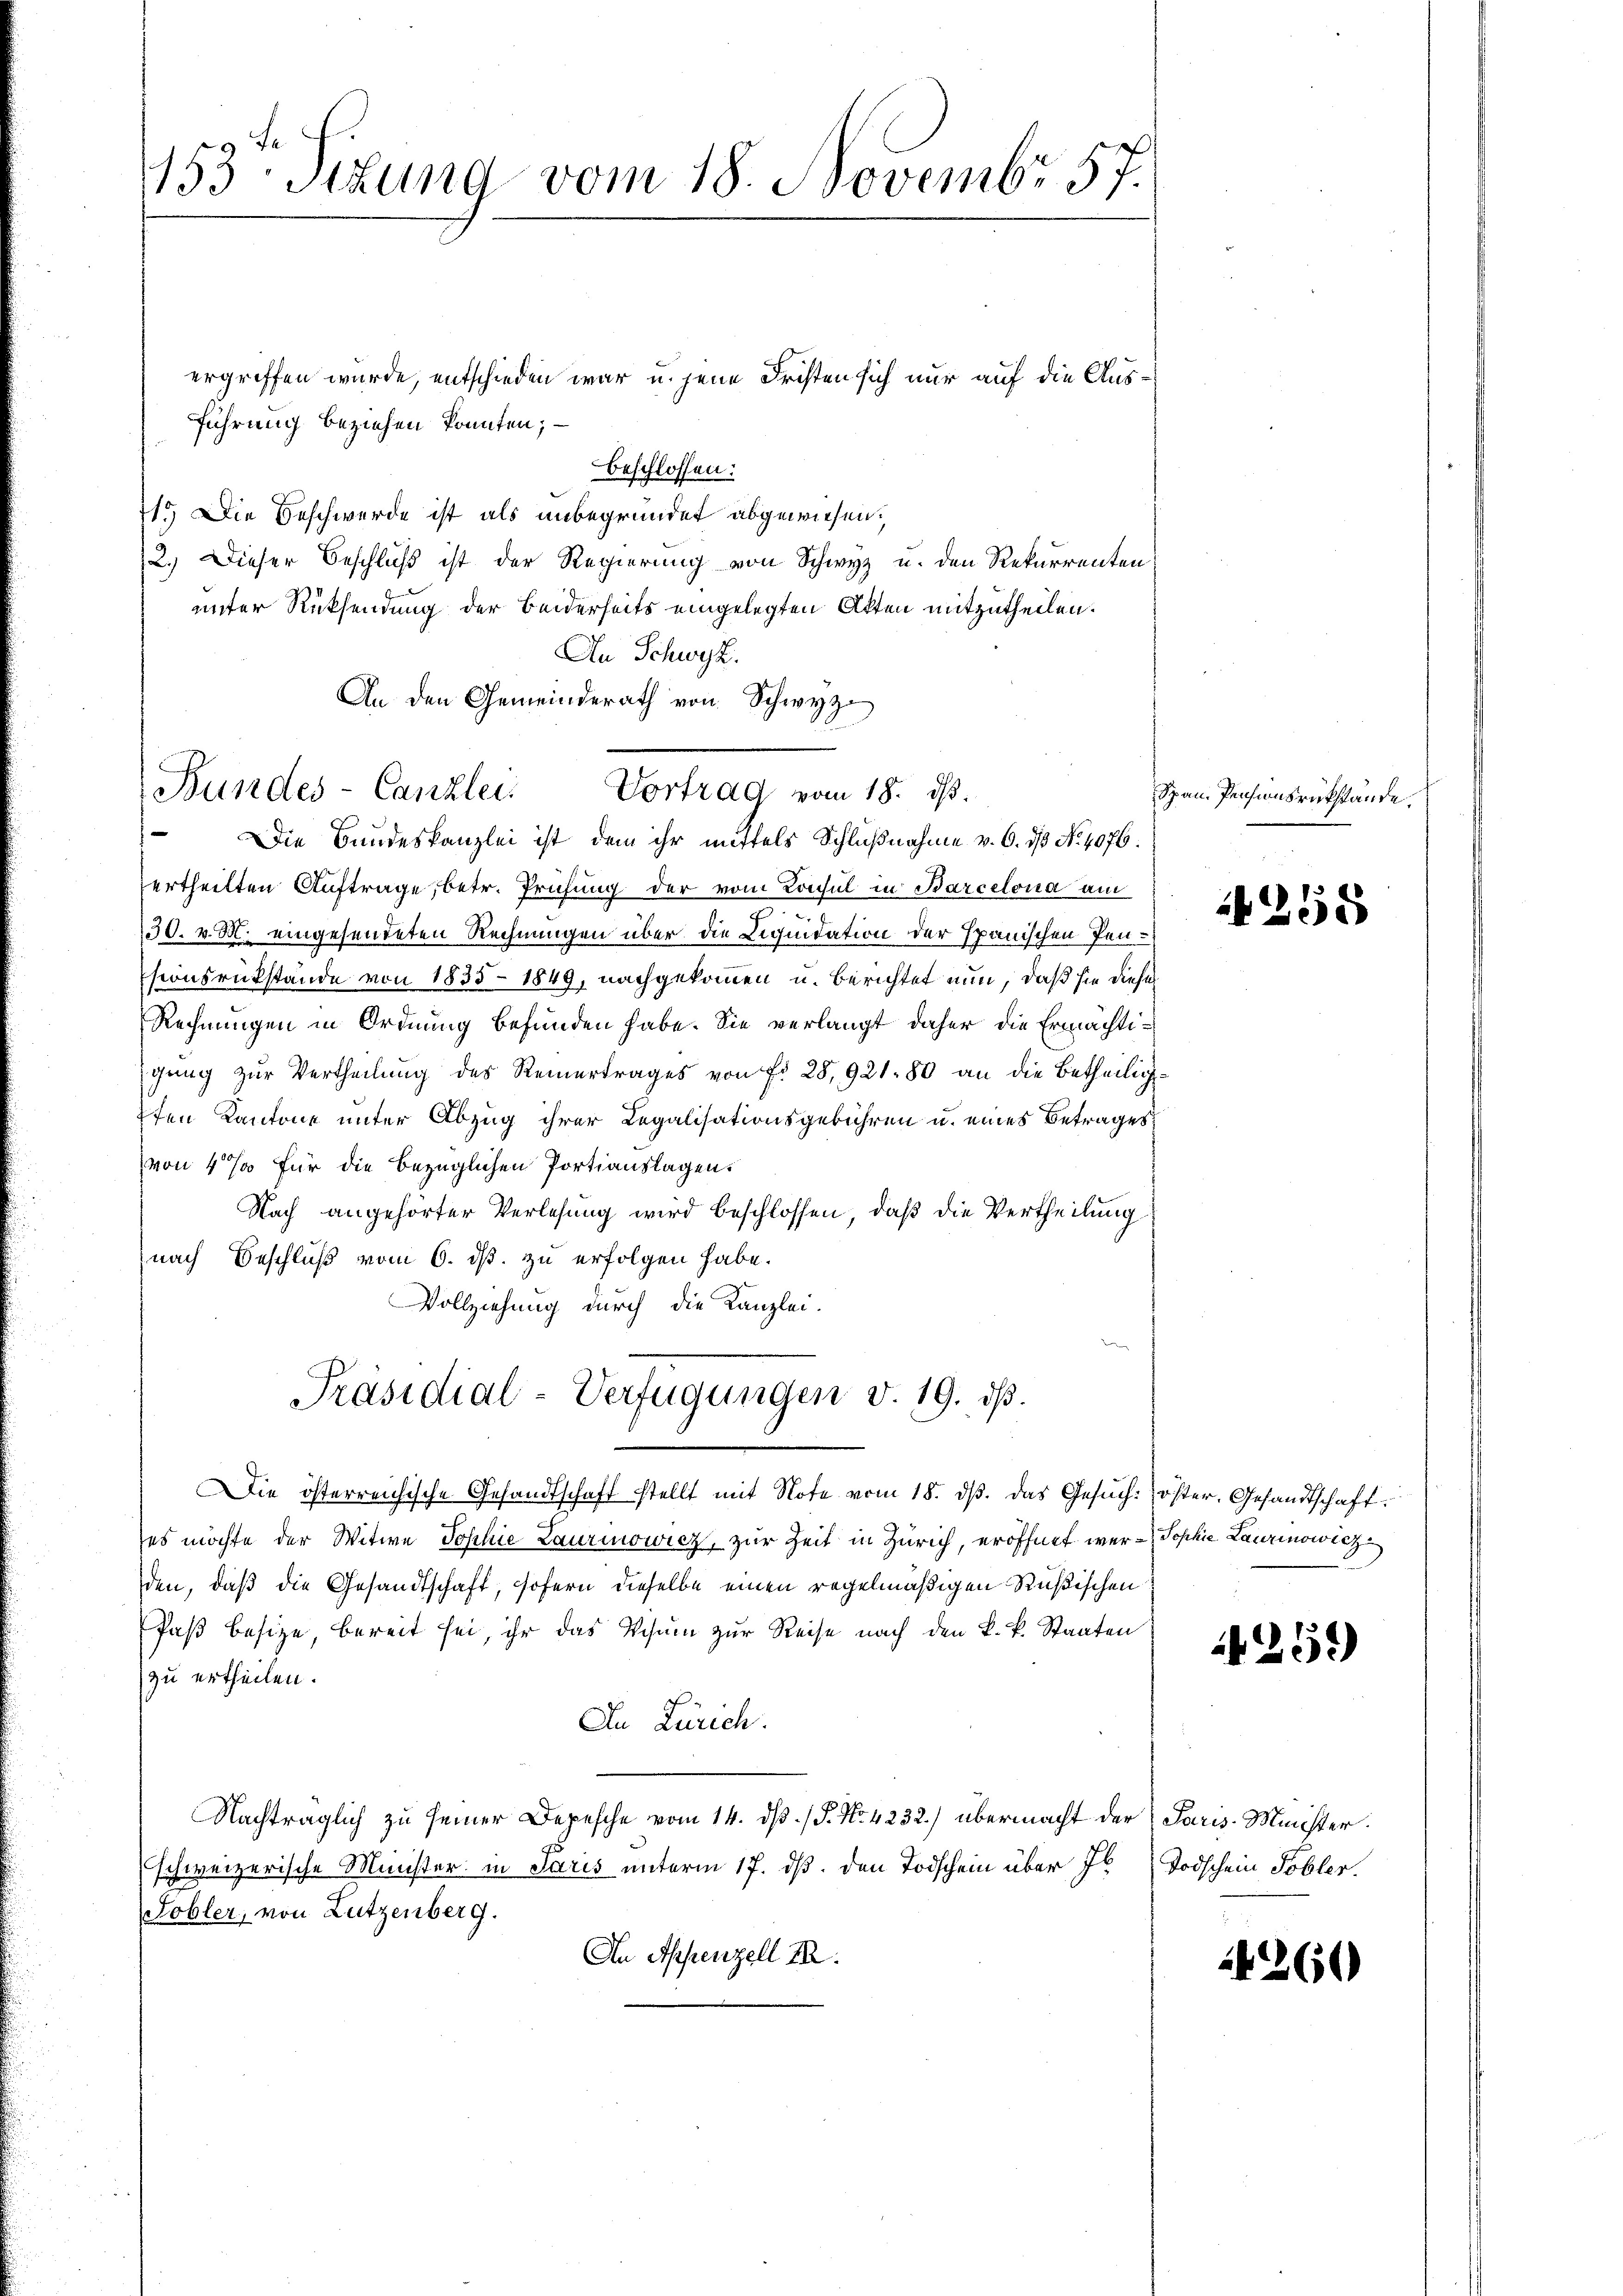
1153. Sizung vom 18. Novembr 57.

ergriffen wurde, entschieden war u. jene Fresten sich nur auf die Ausführung beziehen konnten; —
beschlossen:
15) Die Beschwerde ist als unbegründet abgewiesen,
2.) Dieser Beschluß ist der Regierung von Schwyz u. den Rekurrenten
unter Rücksendung der Beiderseits eingelegten Akten mitzutheilen.
An Schwyz.
An den Gemeinderath von Schwyz
Bundes-Canzlei Vortrag vom 18. ds.
Die Bundeskanzlei ist, dem ihr mittels Schlußnahme v. 6. ds No. 4076.
ertheilten Auftrage, betr. Prüfung der vom Konsul in Barcelona am
130. v. M. eingesendeten Rechnungen über die Liquidation der Spanischen Pen¬
Esionsrükstände von 1835 - 1849, nachgekommen u. berichtet nun, daß sie diese
Rechnungen in Ordnung befunden habe. Sie verlangt daher die Ermächtigung zur Vertheilung des Reinertrages von fr. 28,921 80 an die Betheilig
7ten Kantone unter Abzug ihrer Legalisationsgebühren u. eines Betrages
von 4 % für die bezüglichen Portiauslagen.
Nach angehörter Verlesung wird beschlossen, daß die Vertheilung
nach Beschluß vom 6. ds. zu erfolgen habe.
Vollziehung durch die Kanzlei-
Präsidial-Verfügungen v. 19. ds.
Die österreichische Gesandtschaft stellt mit Note vom 18. dβ. das Gesuch-öster. Gesandtschaft.
es möchte der Witwe Jophie Laurinowicz, zur Zeit in Zürich, eröffnet wer- Sophie Laurinowicz
den, daß die Gesandtschaft, sofern dieselbe einen regelmäßigen Rußischen
Paß besize, bereit sei, ihr das Visum zur Reise nach den k. k. Staaten
zu ertheilen.
In Zürich.
Nachträglich zu seiner Depesche vom 14. dß. / P. No. 4232) übermacht der Paris-Minister.
schweizerische Minister in Paris unterm 17. ds. den Todschein über 76 Todschein Tobler.
Tobler, von Lutzenberg.
In Appenzell I.

4255

4259)

14260

Span Pensionsrükstände.